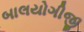
બાલયોગીજી